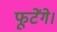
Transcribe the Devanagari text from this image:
फूटेंगे।